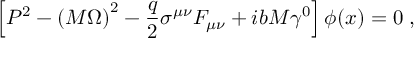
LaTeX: \left[ { \cal P } ^ { 2 } - \left( M \Omega \right) ^ { 2 } - \frac q 2 \sigma ^ { \mu \nu } F _ { \mu \nu } + i b M \gamma ^ { 0 } \right] \phi ( x ) = 0 \; , \; \;